Vaccination Hyderabad 1872-1889 - 1872-1889
Year: 1872
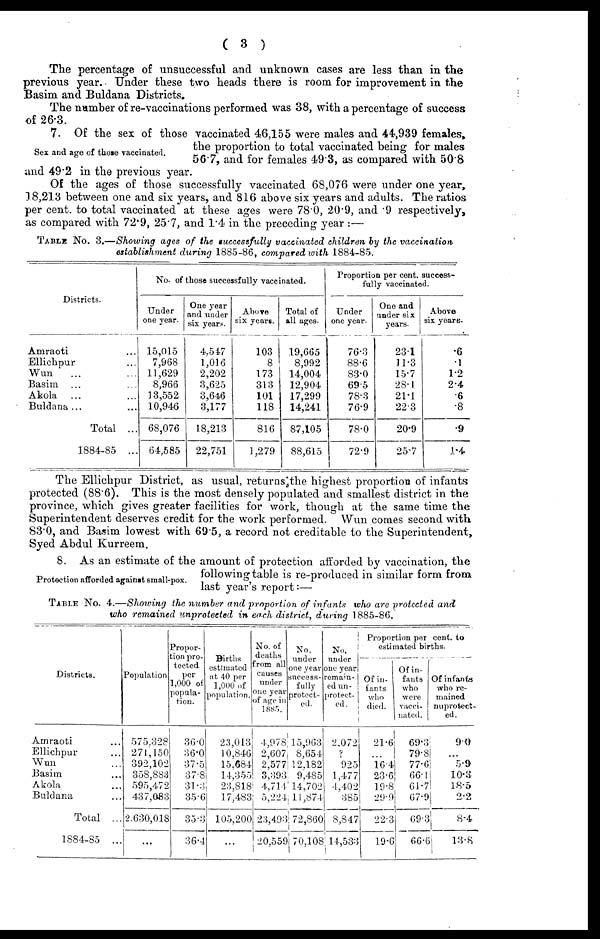
( 3 )
The percentage of unsuccessful and unknown cases are less than in the
previous year. Under these two heads there is room for improvement in the
Basim and Buldana Districts.
The number of re-vaccinations performed was 38, with a percentage of success
of 26.3.
Sex and age of those vaccinated.
7. Of the sex of those vaccinated 46,155 were males and 44,939 females,
the proportion to total vaccinated being for males
56.7, and for females 49.3, as compared with 50.8
and 49.2 in the previous year.
Of the ages of those successfully vaccinated 68,076 were under one year,
18,213 between one and six years, and 816 above six years and adults. The ratios
per cent. to total vaccinated at these ages were 78.0, 20.9, and .9 respectively,
as compared with 72.9, 25.7, and 1.4 in the preceding year :—
TABLE No. 3.—Showing ages of the successfully vaccinated children by the vaccination
establishment during 1885-86, compared with 1884-85.
Districts.
Amraoti ...
Ellichpur ...
Wun
... ...
Basim ... ...
Akola ... ...
Buldana... ...
Total ...
1884-85 ...
No. of those successfully vaccinated.
Under
one year.
15,015
7,968
11,629
8,966
13,552
10,946
68,076
64,585
One year
and under
six years.
4,547
1,016
2,202
3,625
3,646
3,177
18,213
22,751
Above
six years.
103
8
173
313
101
118
816
1,279
Total of
all ages.
19,665
8,992
14,004
12,904
17,299
14,241
87,105
88,615
Proportion per cent. success-
fully vaccinated.
Under
one year.
76.3
88.6
83.0
69.5
78.3
76.9
78.0
72.9
One and
under six
years.
23.1
11.3
15.7
28.1
21.1
22.3
20.9
25.7
Above
six years.
.6
.1
1.2
2.4
.6
.8
.9
1.4
The Ellichpur District, as usual, returns the highest proportion of infants
protected (88.6). This is the most densely populated and smallest district in the
province, which gives greater facilities for work, though at the same time the
Superintendent deserves credit for the work performed. Wun comes second with
83.0, and Basim lowest with 69.5, a record not creditable to the Superintendent,
Syed Abdul Kurreem.
Protection afforded against small-pox.
8. As an estimate of the amount of protection afforded by vaccination, the
following table is re-produced in similar form from
last year's report:—
TABLE NO. 4.—Showing the number and proportion of infants who are protected and
who remained unprotected in each district, during 1885-86.
Districts.
Amraoti ...
Ellichpur ...
Wun ...
Basim ...
Akola ...
Buldana ...
Total ...
1884-85 ...
Population
575,328
271,150
392,102
358,883
595,472
437,083
2,630,018
...
Propor-
tion pro-
tected
per
1,000 of
popula-
tion.
36.0
36.0
37.5
37.8
31.3
35.6
35.3
36.4
Births
estimated
at 40 per
1,000 of
population.
23,013
10,846
15,684
14,355
23,818
17,483
105,200
...
No. of
deaths
from all
causes
under
one year
of age in
1885.
4,978
2,607
2,577
3,393
4,714
5,224
23,493
20,559
No.
under
one year
success-
fully
protect-
ed.
15,963
8,654
12,182
9,485
14,702
11,874
72,860
70,108
No,
under
one year
remain-
ed un-
protect-
ed.
2,072
?
925
1,477
4,402
385
8,847
14,533
Proportion percent. to
estimated births.
Of in-
fants
who
died.
21.6
...
16.4
23.6
19.8
29.9
22.3
19.6
Of in-
fants
who
were
vacci-
nated.
69.3
79.8
77.6
66.1
61.7
67.9
69.3
66.6
Of infants
who re-
mained
unprotect-
ed.
9.0
...
5.9
10.3
18.5
2.2
8.4
13.8